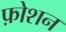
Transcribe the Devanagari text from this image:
फ़ोशन